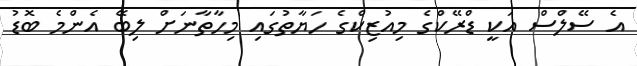
އެ ސޭލްސް އަކީ ޑްރޭކްގެ މިއުޒިކްގެ ހަޔާތުގައި މިހާތާނަށް ލިބޭ އެންމެ ބޮޑު